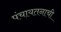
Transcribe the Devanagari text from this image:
पंचायतनाची